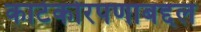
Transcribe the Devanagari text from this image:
काटेकोरपणाबद्दल